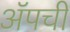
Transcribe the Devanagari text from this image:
ॲपची